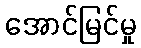
အောင်မြင်မှု